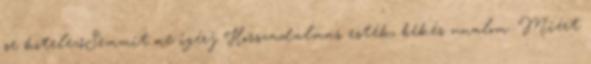
se kötelezőSemmit ne ígérj Hosszadalmas esték, békés unalom. Miért